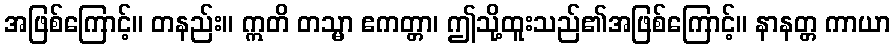
အဖြစ်ကြောင့်။ တနည်း။ ဣတိ တသ္မာ ဧကတ္တာ၊ ဤသို့ထူးသည်၏အဖြစ်ကြောင့်။ နာနတ္တ ကာယာ